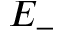
E _ { - }